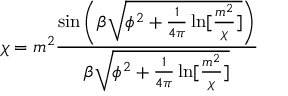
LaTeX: \chi = m ^ { 2 } \frac { \sin \left( \beta \sqrt { \phi ^ { 2 } + \frac { 1 } { 4 \pi } \ln [ \frac { m ^ { 2 } } { \chi } ] } \right) } { \beta \sqrt { \phi ^ { 2 } + \frac { 1 } { 4 \pi } \ln [ \frac { m ^ { 2 } } { \chi } ] } }